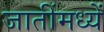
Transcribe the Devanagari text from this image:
जातींमध्यें